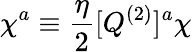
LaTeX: \chi^{a}\equiv{\frac{\eta}{2}}[Q^{(2)}]^{a}\chi